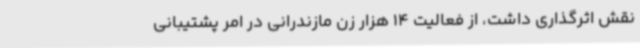
نقش اثرگذاری داشت، از فعالیت 14 هزار زن مازندرانی در امر پشتیبانی